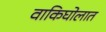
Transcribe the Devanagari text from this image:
वाकिघोलात